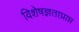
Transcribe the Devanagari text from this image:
विशेषज्ञताप्राप्त